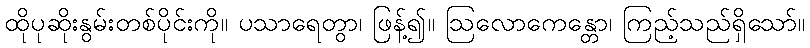
ထိုပုဆိုးနွမ်းတစ်ပိုင်းကို။ ပသာရေတွာ၊ ဖြန့်၍။ ဩလောကေန္တော၊ ကြည့်သည်ရှိသော်။